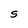
Character: S